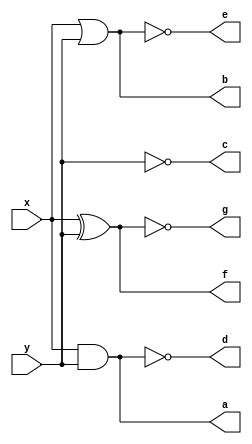
module gates(a,b,c,d,e,f,g,x,y);
output a,b,c,d,e,f,g;
input x,y;
assign a=x&y;
assign b=x|y;
assign c=~y;
assign d=~(x&y);
assign e=~(x|y);
assign f=x^y;
assign g=~(x^y);
endmodule